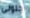
جنونى